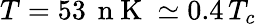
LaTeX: T=53\, \mathrm{~n~K~}\simeq 0.4\, T_{c}